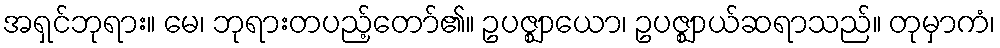
အရှင်ဘုရား။ မေ၊ ဘုရားတပည့်တော်၏။ ဥပဇ္ဈာယော၊ ဥပဇ္ဈာယ်ဆရာသည်။ တုမှာကံ၊